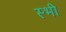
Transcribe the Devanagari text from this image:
स्भी